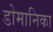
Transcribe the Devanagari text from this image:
डोमानिका